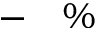
- \quad \%